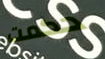
حكمت